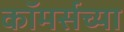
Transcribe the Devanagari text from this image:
कॉमर्सच्या